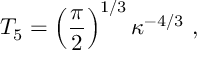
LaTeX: T _ { 5 } = \left( { \frac { \pi } { 2 } } \right) ^ { 1 / 3 } \kappa ^ { - 4 / 3 } \ ,